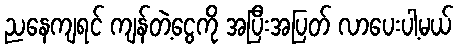
ညနေကျရင် ကျန်တဲ့ငွေကို အပြီးအပြတ် လာပေးပါ့မယ်